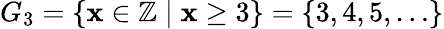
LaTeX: G_{3}=\{ \mathbf{x}\in\mathbb{{Z}}\mid\mathbf{x}\geq3\} =\{ 3,4,5,\ldots\}